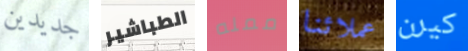
جديدين الطباشير ممله عملائنا كيرن